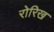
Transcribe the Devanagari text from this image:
रोरिख